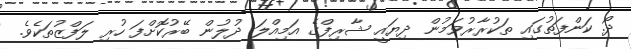
ދޯ. ކަންފަތުގައި ތަކުރާރުވަމުން ދިޔައީ ޝާރިފްގެ އަމިއްލަ ދުލުން ބޭރުކޮށްފަ ހުރި ލަފްޒުތަކެވެ.